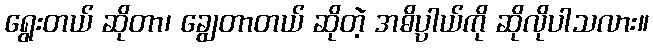
ရွေးတယ် ဆိုတာ၊ ချွေတာတယ် ဆိုတဲ့ အဓိပ္ပါယ်ကို ဆိုလိုပါသလား။